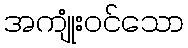
အကျုံးဝင်သော